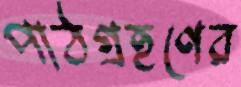
পাঠগ্রহণের